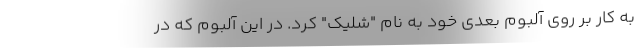
به کار بر روی آلبوم بعدی خود به نام "شلیک" کرد. در این آلبوم که در